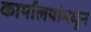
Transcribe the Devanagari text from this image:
कार्यालयांमधून